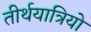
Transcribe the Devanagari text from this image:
तीर्थयात्रियो